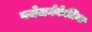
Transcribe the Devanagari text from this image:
पयेजनेकेलिया